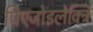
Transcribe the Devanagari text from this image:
पिएजोइलेक्ट्रि